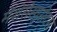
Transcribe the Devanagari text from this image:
मॅशेसेस्युसेटस